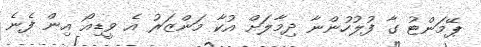
ޕޭމަންޓު ގާ ފުލުހުންނާ ދިމާލަށް އުކާ މަންޒަރު އެ ވީޑިއޯ އިން ފެނެ